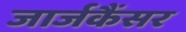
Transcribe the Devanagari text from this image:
जार्जकैंसर